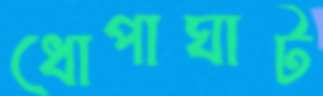
ধোপাঘাট